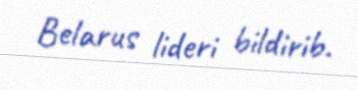
Belarus lideri bildirib.